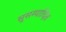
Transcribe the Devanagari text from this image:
सुसम्पादित